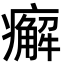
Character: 㿍